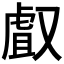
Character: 𠭯